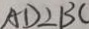
A D \bot B C